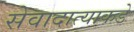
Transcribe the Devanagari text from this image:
सेवादात्याकडे